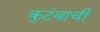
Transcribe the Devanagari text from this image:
कुटंबाची